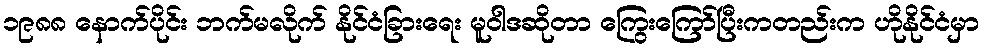
၁၉၈၈ နောက်ပိုင်း ဘက်မလိုက် နိုင်ငံခြားရေး မူဝါဒဆိုတာ ကြွေးကြော်ပြီးကတည်းက ဟိုနိုင်ငံမှာ